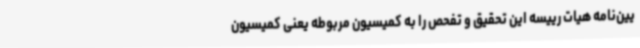
یین‌نامه هیات رییسه این تحقیق و تفحص را به کمیسیون مربوطه یعنی کمیسیون